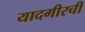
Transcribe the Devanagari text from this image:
यादगीरची